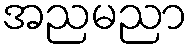
အညမညာ